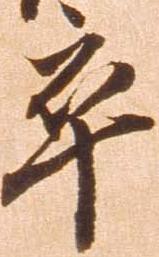
卒